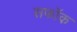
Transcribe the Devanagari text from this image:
सफॉक